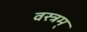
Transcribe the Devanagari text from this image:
वस्त्रम्‌